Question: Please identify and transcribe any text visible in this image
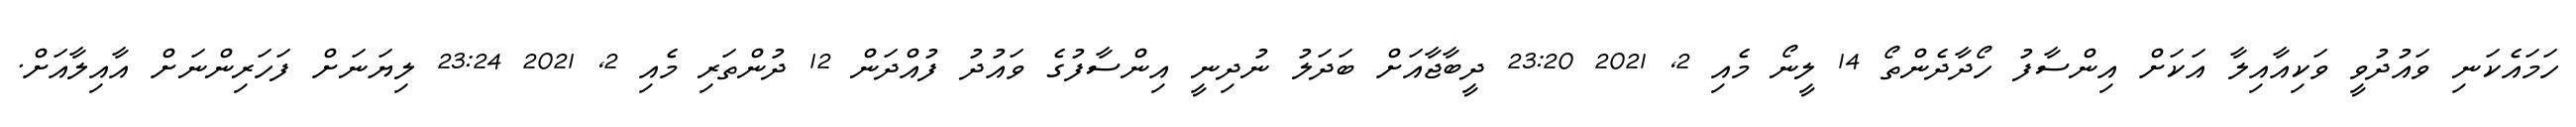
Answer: ހަމައެކަނި ވައުދުވީ ވަކިއާއިލާ އަކަށް އިންސާފު ހޯދާދެންތޯ 14 ލީނޯ މެއި 2, 2021 23:20 ދީބާޖާއަށް ބަދަލު ނުދިނީ އިންސާފުގެ ވައުދު ފުއްދަން 12 ދުންތަރި މެއި 2, 2021 23:24 ލިޔަނަށް ފަހަރިންނަށް އާއިލާއަށް.